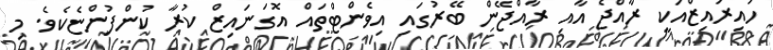
ހައިރައިޒްއަކީ ރާއްޖެ އާއި ރާއްޖޭން ބޭރުގައި އިވެންޓްތައް އޮގަނައިޒް ކުރާ ކުންފުންޏެކެވެ. މި